Report on sanitation, dispensaries, and jails in Rajputana for 1911, and on vaccination for the year 1911-1912 - 1911-1912
Year: 1911
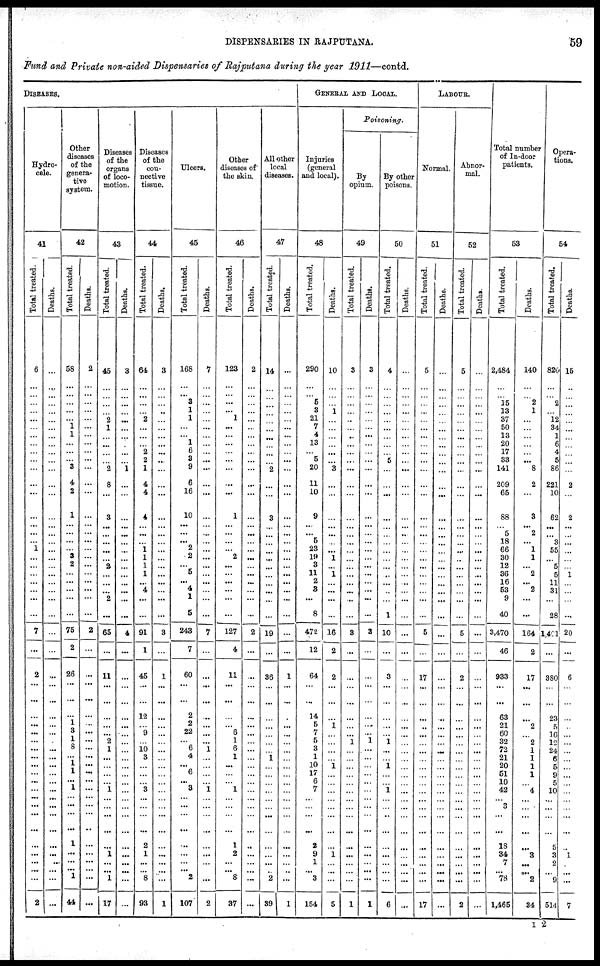
DISPENSARIES IN RAJPUTANA.
59
Fund and Private non-aided Dispensaries of Rajputana during the year 1911—contd.
DISEASES.
Hydro-
cele.
41
Total treated.
6
...
...
...
...
...
...
...
...
...
...
...
...
...
...
...
...
...
1
...
...
...
...
...
...
...
7
...
2
...
...
...
...
...
...
...
...
...
...
...
...
...
...
...
...
...
...
...
...
...
2
Deaths.
...
...
...
...
...
...
...
...
...
...
...
...
...
...
...
...
...
...
...
...
...
...
...
...
...
...
...
...
...
...
...
...
...
...
...
...
...
...
...
...
...
...
...
...
...
...
...
...
...
...
...
Other
diseases
of the
genera-
tive
system.
42
Total treated.
58
...
...
...
...
...
1 1
...
...
...
3
4
2
1
...
...
...
...
3
2
...
...
...
...
...
75
2
26
...
...
...
1
3
1
8
...
1
1
... 1
...
...
...
...
1
...
...
... 1
44
Deaths.
2
...
...
...
...
...
...
...
...
...
...
...
...
...
...
...
...
...
...
...
...
...
...
...
...
...
2
...
...
...
...
...
...
...
...
...
...
...
...
...
...
...
...
...
...
...
...
...
...
...
...
Diseases
of the
organs
of loco-
motion.
43
Total treated.
45
...
...
...
...
2
1
...
...
...
...
2
8
...
3
...
...
...
...
...
2
...
...
...
2
...
65
...
11
...
...
...
...
...
2
1
...
...
...
... 1
...
...
...
...
...
1
...
... 1
17
Deaths.
3
...
...
...
...
...
...
...
...
...
...
1
...
...
...
...
...
...
...
...
...
...
...
...
...
...
4
...
...
...
...
...
...
...
...
...
...
...
...
...
...
...
...
...
...
...
...
...
...
...
...
Diseases
of the
con-
nective
tissue.
44
Total treated.
64
...
...
...
...
2
...
...
...
... 2
1
4
4
4
...
...
...
1
1
1
1
... 4
...
...
91
1
45
...
...
12
...
9
...
10
3
...
...
... 3
...
...
...
...
2
1
...
... 8
93
Deaths.
3
...
...
...
...
...
...
...
...
...
...
...
...
...
...
...
...
...
...
...
...
...
...
...
...
...
3
...
1
...
...
...
...
...
...
...
...
...
...
...
...
...
...
...
...
...
...
...
...
...
1
Ulcers.
45
Total treated.
168
...
... 3
1
1
...
...
1
6
3
9
6
16
10
...
...
... 2
2
...
5
... 4
1
5
243
7
60
...
...
2
2
22
...
6
4
... 6
... 3
...
...
...
...
...
...
...
... 2
107
Deaths.
7
...
...
...
...
...
...
...
...
...
...
...
...
...
...
...
...
...
...
...
...
...
...
...
...
...
7
...
...
...
...
...
...
...
...
1
...
...
...
...
1
...
...
...
...
...
...
...
...
...
2
Other
diseases of
the skin.
46
Total treated.
123
...
... ...
... 1
...
...
...
...
...
...
...
...
1
...
... ...
...
2
...
...
...
...
...
...
127
4
11
...
...
...
...
6
1
6
1
...
...
... 1
...
...
...
...
1
2
...
... 8
37
Deaths.
2
...
...
...
...
...
...
...
...
...
...
...
...
...
...
...
...
...
...
...
...
...
...
...
...
...
2
...
...
...
...
...
...
...
...
...
...
...
...
...
...
...
...
...
...
...
...
...
...
...
...
All other
local
diseases.
47
Total treated.
14
...
...
...
...
...
...
...
...
...
...
2
...
...
3
...
...
...
...
...
...
...
...
...
...
...
19
36
...
...
...
...
...
...
...
1
...
...
...
...
...
...
...
...
...
...
...
... 2
39
Deaths.
...
...
...
...
...
...
...
...
...
...
...
...
...
...
...
...
...
...
...
...
...
...
...
...
...
...
...
...
1
...
...
...
...
...
...
...
...
...
...
...
...
...
...
...
...
...
...
...
...
...
1
GENERAL AND LOCAL.
Injuries
(general
and local).
48
Total treated.
290
...
... 5
3
21
7
4
13
... 5
20
11
10
9
...
... 5
23
19
3
11
2
3
...
8
472
12
64
...
...
14
5
7
5
3
1
10
17
6
7
...
...
...
...
2
9
1
... 3
154
Deaths.
10
...
...
...
1
...
...
...
...
...
...
3
...
...
...
...
...
...
...
1
... 1
...
...
...
...
16
2
2
...
...
...
1
...
...
...
...
1
...
...
...
...
...
...
...
...
1
...
...
...
5
Poisoning.
By
opium.
49
Total treated.
3
...
...
...
...
...
...
...
...
...
...
...
...
...
...
...
...
...
...
...
...
...
...
...
...
...
3
...
...
...
...
...
...
...
1
...
...
...
...
...
...
...
...
...
...
...
...
...
...
...
1
Deaths.
3
...
...
...
...
...
...
...
...
...
...
...
...
...
...
...
...
...
...
...
...
...
...
...
...
...
3
...
...
...
...
...
...
... 1
...
...
...
...
...
...
...
...
...
...
...
...
...
...
...
1
By other
poisons.
50
Total treated.
4
...
...
...
...
...
...
...
...
... 5
...
...
...
...
...
...
...
...
...
...
...
...
...
...
1
10
...
3
...
...
...
...
...
1
...
...
1
...
... 1
...
...
...
...
...
...
...
...
...
6
Deaths.
...
...
...
...
...
...
...
...
...
...
...
...
...
...
...
...
...
...
...
...
...
...
...
...
...
...
...
...
...
...
...
...
...
...
...
...
...
...
...
...
...
...
...
...
...
...
...
...
...
...
...
LABOUR.
Normal.
51
Total treated.
5
...
...
...
...
...
...
...
...
...
...
...
...
...
...
...
...
...
...
...
...
...
...
...
...
...
5
...
17
...
...
...
...
...
...
...
...
...
...
...
...
...
...
...
...
...
...
...
...
...
17
Deaths.
...
...
...
...
...
...
...
...
...
...
...
...
...
...
...
...
...
...
...
...
...
...
...
...
...
...
...
...
...
...
...
...
...
...
...
...
...
...
...
...
...
...
...
...
...
...
...
...
...
...
...
Abnor-
mal.
52
Total treated.
5
...
...
...
...
...
...
...
...
...
...
...
...
...
...
...
...
...
...
...
...
...
...
...
...
...
5
...
2
...
...
...
...
...
...
...
...
...
...
...
...
...
...
...
...
...
...
...
...
...
2
Deaths.
...
...
...
...
...
...
...
...
...
...
...
...
...
...
...
...
...
...
...
...
...
...
...
...
...
...
...
...
...
...
...
...
...
...
...
...
...
...
...
...
...
...
...
...
...
...
...
...
...
...
...
Total number
of In-door
patients.
53
Total treated.
2,484
...
... 15
13
37
50
13
20
17
33
141
209
65
88
...
5
18
66
30
12
36
16
53
9
40
3,470
46
933
...
...
63
21
60
32
72
21
20
51
10
42
...
3
...
...
18
34
7
... 78
1,465
Deaths.
140
...
... 2
1
...
...
...
...
... ...
8
2
...
3
... 2
... 1
1
... 2
... 2
...
...
164
2
17
...
...
...
2
...
2
1
1
1
1
... 4
...
...
...
...
...
3
...
... 2
34
Opera-
tions.
54
Total treated.
820
...
...
2
...
12
34
1
6
4
5
86
221
10
62
...
... 8
55
...
5
5
11
31
...
28
1,401
...
380
...
...
23
5
16
12
24
6
5
9
5
10
...
...
...
...
5
3
2
...
9
514
Deaths.
15
...
...
...
...
...
...
...
...
...
...
...
2
...
2
...
...
...
...
...
...
1
...
...
...
...
20
...
6
...
...
...
...
...
...
...
...
...
...
...
...
...
...
...
...
...
1
...
...
...
7
I 2